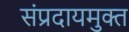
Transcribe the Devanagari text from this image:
संप्रदायमुक्त